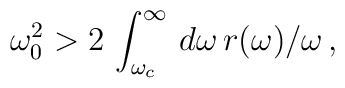
\omega _{0}^{2} > 2\,\int_{\omega _{c}}^{\infty }\,d\omega \,r(\omega )/\omega \,,